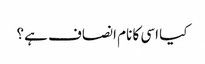
کیا اسی کا نام انصاف ہے؟